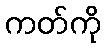
ကတ်ကို